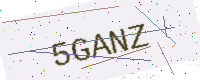
Text: 5GANZ